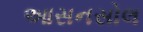
આસનસોલ